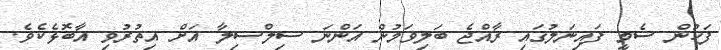
ފަހުން ސެމީ ފައިނަލުގައި ރާއްޖެ ބަލިވަމުން އަންނަ ސިލްސިލާ އަށް އިތުރުވި އާބޮޅެކެވެ.